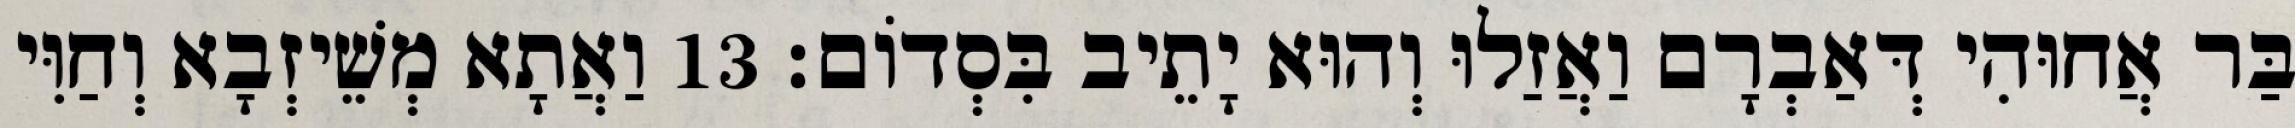
בַּר אֲחוּהִי דְּאַבְרָם וַאֲזַלוּ וְהוּא יָתֵיב בִּסְדוֹם׃ 13 וַאֲתָא מְשֵׁיזְבָא וְחַוִּי